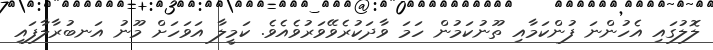
ލޮލުގައި އެހުންނަ ފުންކަމާއި ތޫނުކަމުން ހަމަ ވާދަކުރެވޭވަރުވެއެވެ. ކަމީލާ އަވަހަށް މޫނު އަނބުރާލާފައި